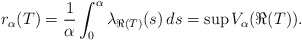
\begin{align*}r_\alpha(T) = \frac{1}{\alpha} \int^\alpha_0 \lambda_{\Re(T)}(s) \, ds=\sup V_\alpha(\Re(T)).\end{align*}